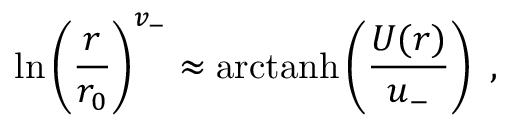
\mathrm { l n } \left( { \frac { r } { r _ { 0 } } } \right) ^ { v _ { - } } \approx \mathrm { a r c t a n h } \left( { \frac { U ( r ) } { u _ { - } } } \right) ~ ,